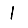
Digit: 1